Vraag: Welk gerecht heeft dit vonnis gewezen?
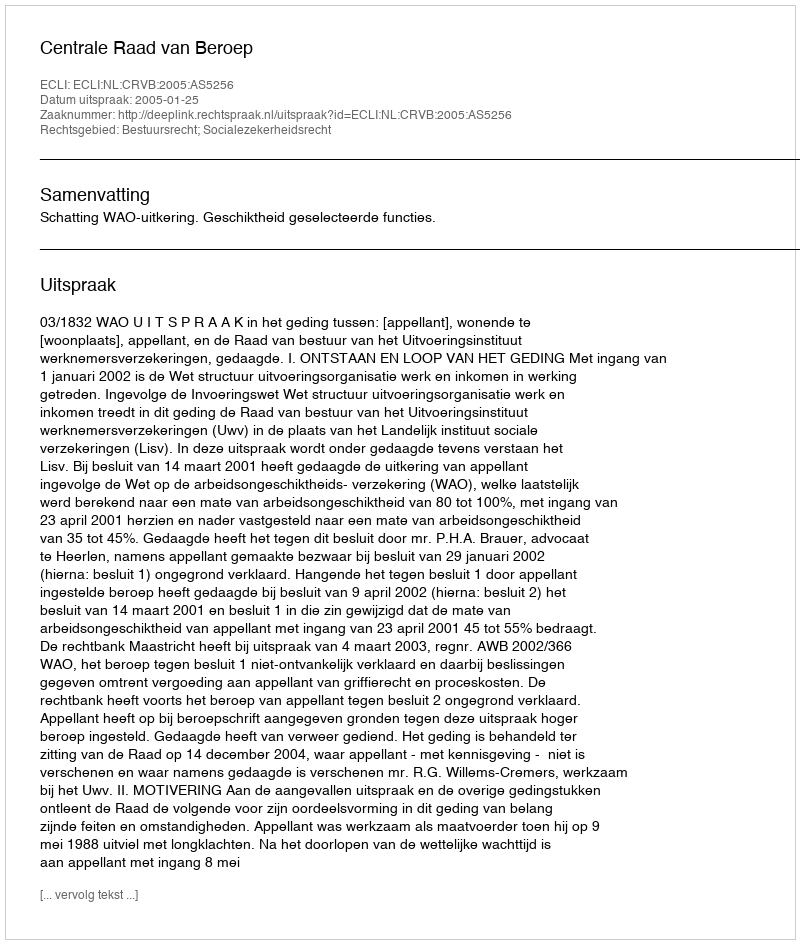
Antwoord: Centrale Raad van Beroep